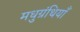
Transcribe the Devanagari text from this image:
मधुग्रंथियाँ